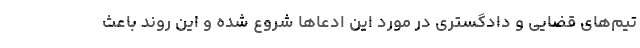
تیم‌های قضایی و دادگستری در مورد این ادعاها شروع شده و این روند باعث